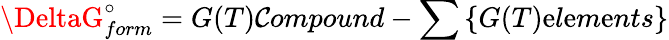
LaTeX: \DeltaG_{form}^{\circ}=G(T)\mathcal{C}ompound-\sum\left\{ G(T)\mathrm{e}l\mathrm{e}m\mathrm{e}nts\right\}